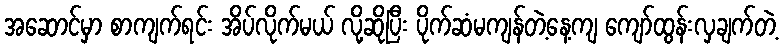
အဆောင်မှာ စာကျက်ရင်း အိပ်လိုက်မယ် လို့ဆိုပြီး ပိုက်ဆံမကျန်တဲ့နေ့ကျ ကျော်ထွန်းလှချက်တဲ့